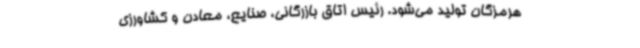
هرمزگان تولید می‌شود. رئیس اتاق بازرگانی، صنایع، معادن و کشاورزی